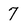
Character: 7